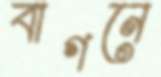
বাগনে